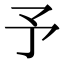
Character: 予